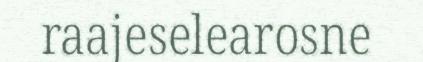
raajeselearosne